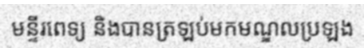
មន្ទីរពេទ្យ និងបានត្រឡប់មកមណ្ឌលប្រឡង